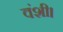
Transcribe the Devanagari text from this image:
वंशी।